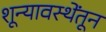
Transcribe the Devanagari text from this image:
शून्यावस्थेंतून